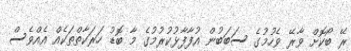
ރޭ ބޯކޮށް ވާރޭ ވެހުމުގެ ސަބަބުން އުފާފާޅުކުރުމުގެ މާ ބޮޑު ހަރަކާތްތަކެއް އެއްވެސް